Civil Veterinary Dept. Bombay admin report 1923-31 - 1923-1931
Year: 1923
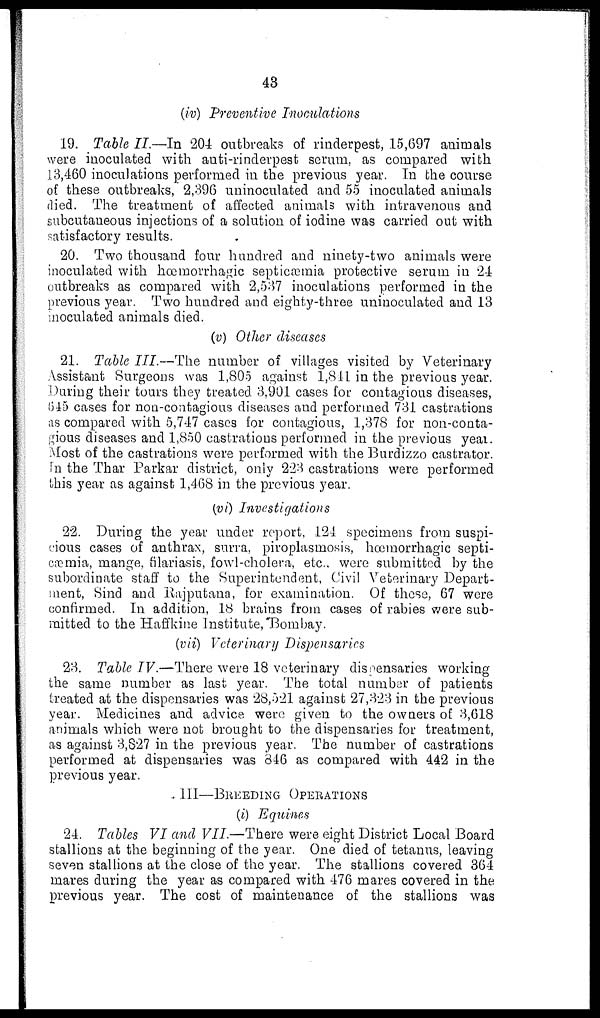
43
(iv) Preventive Inoculations
19. Table II.—In 204 outbreaks of rinderpest, 15,697 animals
were inoculated with anti-rinderpest serum, as compared with
13,460 inoculations performed in the previous year. In the course
of these outbreaks, 2,396 uninoculated and 55 inoculated animals
died. The treatment of affected animals with intravenous and
subcutaneous injections of a solution of iodine was carried out with
satisfactory results.
20. Two thousand four hundred and ninety-two animals were
inoculated with hœmorrhagic septicæmia protective serum in 24
outbreaks as compared with 2,537 inoculations performed in the
previous year. Two hundred and eighty-three uninoculated and 13
inoculated animals died.
(v) Other diseases
21. Table III.—The number of villages visited by Veterinary
Assistant Surgeons was 1,805 against 1,841 in the previous year.
During their tours they treated 3,901 cases for contagious diseases,
645 cases for non-contagious diseases and performed 731 castrations
as compared with 5,747 cases for contagious, 1,378 for non-conta-
gious diseases and 1,850 castrations performed in the previous year.
Most of the castrations were performed with the Burdizzo castrator.
In the Thar Parkar district, only 223 castrations were performed
this year as against 1,468 in the previous year.
(vi) Investigations
22. During the year under report, 124 specimens from suspi-
cious cases of anthrax, surra, piroplasmosis, hœmorrhagic septi-
cæmia, mange, filariasis, fowl-cholera, etc.. were submitted by the
subordinate staff to the Superintendent, Civil Veterinary Depart-
ment, Sind and Rajputana, for examination. Of these, 67 were
confirmed. In addition, 18 brains from cases of rabies were sub-
mitted to the Haffkine Institute,Bombay.
(vii) Veterinary Dispensaries
23. Table IV.—There were 18 veterinary dispensaries working
the same number as last year. The total number of patients
treated at the dispensaries was 28,521 against 27,323 in the previous
year. Medicines and advice were given to the owners of 3,618
animals which were not brought to the dispensaries for treatment,
as against 3,827 in the previous year. The number of castrations
performed at dispensaries was 846 as compared with 442 in the
previous year.
III—BREEDING OPERATIONS
(i) Equines
24. Tables VI and VII.—There were eight District Local Board
stallions at the beginning of the year. One died of tetanus, leaving
seven stallions at the close of the year. The stallions covered 364
mares during the year as compared with 476 mares covered in the
previous year. The cost of maintenance of the stallions was